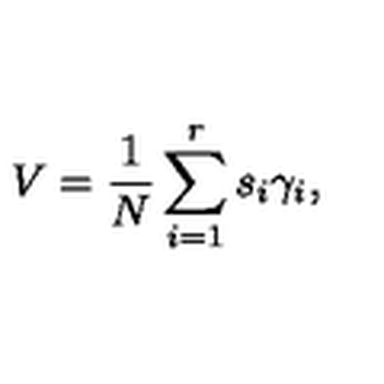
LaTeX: V = \frac 1 N \sum _ { i = 1 } ^ { r } s _ { i } \gamma _ { i } ,